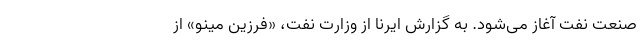
صنعت نفت آغاز می‌شود. به گزارش ایرنا از وزارت نفت، «فرزین مینو» از